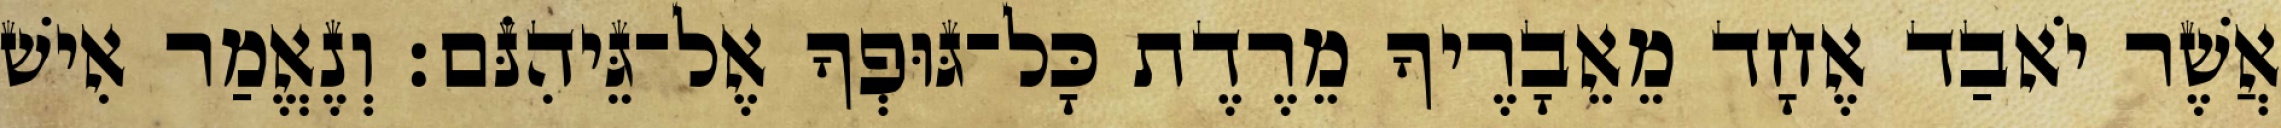
אֲשֶׁר יֹאבַד אֶחָד מֵאֵבָרֶיךָ מֵרֶדֶת כָּל־גּוּפְךָ אֶל־גֵּיהִנֹּם׃ וְנֶאֱמַר אִישׁ